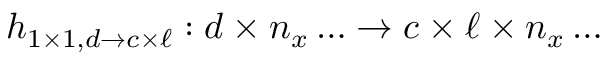
h _ { 1 \times 1 , d \rightarrow c \times \ell } : d \times n _ { x } \dots \to c \times \ell \times n _ { x } \dots